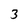
Character: 3